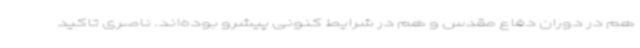
هم در دوران دفاع مقدس و هم در شرایط کنونی پیشرو بوده‌اند. ناصری تاکید